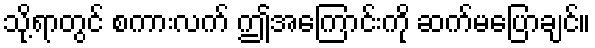
သို့ရာတွင် စကားလက် ဤအကြောင်းကို ဆက်မပြောချင်။